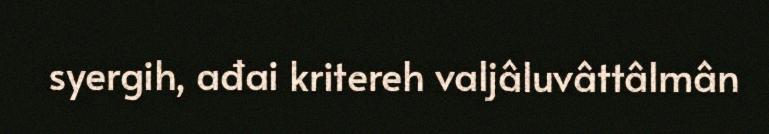
syergih, ađai kritereh valjâluvâttâlmân